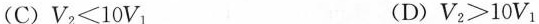
( C ) $$ V _ { 2 } ＜ 10 V _ { 1 }$$ ( D ) $$V _ { 2 } >1 0 V _ { 1 }$$